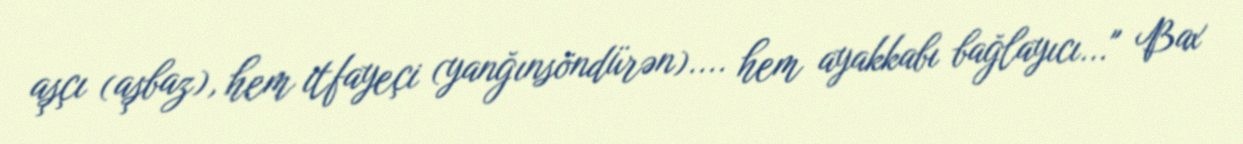
aşçı (aşbaz), hem itfayeçi (yanğınsöndürən).... hem ayakkabı bağlayıcı..." Bax